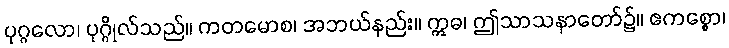
ပုဂ္ဂလော၊ ပုဂ္ဂိုလ်သည်။ ကတမောစ၊ အဘယ်နည်း။ ဣဓ၊ ဤသာသနာတော်၌။ ဧကစ္စော၊